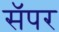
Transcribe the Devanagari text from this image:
सॅपर